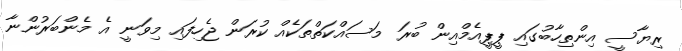
ރިޔާސީ އިންތިހާބުގައި ޕީޕީއެމްއިން ބުރަ މަސައްކަތްތަކެއް ކުރަން ޖެހިފައި މިވަނީ އެ މެންބަރުންނާ